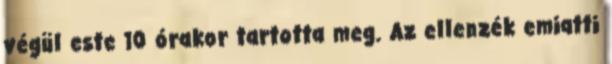
végül este 10 órakor tartotta meg. Az ellenzék emiatti